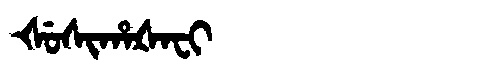
Manchu: ᡧᡠᠰᡳᡥᠠᡧᠠᠸᡳ
Romanization: ŠUSIHAŠAFI